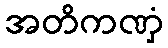
အတိကဏှံ